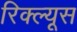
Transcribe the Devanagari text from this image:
रिक्ल्यूस